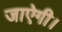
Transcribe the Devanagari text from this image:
जाऐगी।